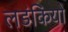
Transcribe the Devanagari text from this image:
लडंकियो